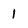
Character: 1